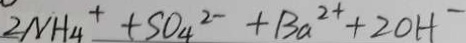
2 N H _ { 4 } ^ { + } + S O _ { 4 } ^ { 2 - } + B a ^ { 2 + } + 2 0 H ^ { - }